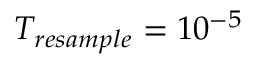
T _ { r e s a m p l e } = 1 0 ^ { - 5 }